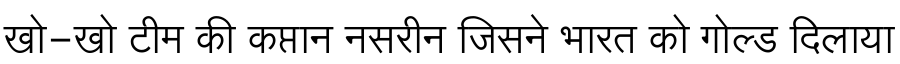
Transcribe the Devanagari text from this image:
खो-खो टीम की कप्तान नसरीन जिसने भारत को गोल्ड दिलाया